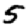
Digit: 5